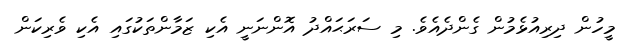
މީހުން ދިރިއުޅެމުން ގެންދެއެވެ. މި ސަރަޙައްދު އޮންނަނީ އެކި ޒަމާންތަކުގައި އެކި ވެރިކަން